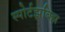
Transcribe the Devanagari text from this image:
स्पोर्टझबिझ